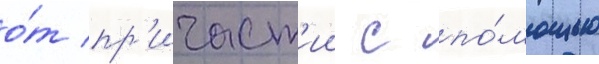
о́т пр'ичаст'ии с по́мощью